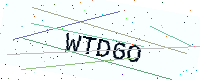
Text: WTD6O